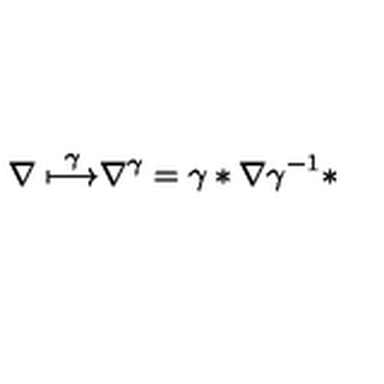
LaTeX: \frac { \nabla \buildrel \gamma } { \longmapsto \nabla ^ { \gamma } = \gamma * \nabla \gamma ^ { - 1 } * }